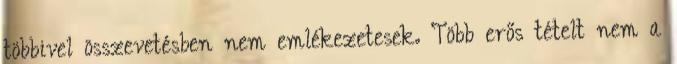
többivel összevetésben nem emlékezetesek. Több erős tételt nem a